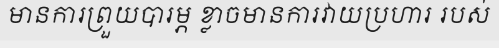
មានការព្រួយបារម្ភ ខ្លាចមានការវាយប្រហារ របស់